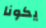
يكونا